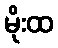
မိုးထ